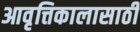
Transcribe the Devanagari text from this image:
आवृत्तिकालासाठी